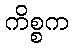
ကိစ္စက